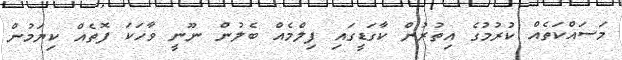
މަސައްކަތެއް ކުރުމުގެ އިތުރުން ކާގަޑީގައި ފިލްމެއް ބެލުން ނޫނީ ވާހަކަ ފޮތެއް ކިޔަމުން